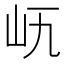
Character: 𡵐